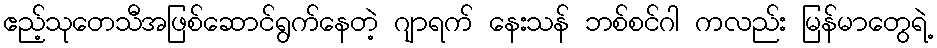
ဧည့်သုတေသီအဖြစ်ဆောင်ရွက်နေတဲ့ ဂျာရက် နေးသန် ဘစ်စင်ဂါ ကလည်း မြန်မာတွေရဲ့